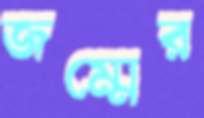
জম্মের